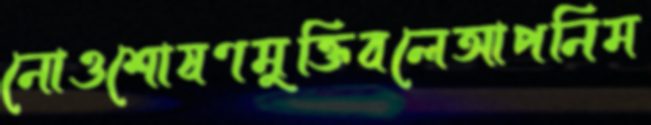
নোওশোষণমুক্তিবলেআপনিম